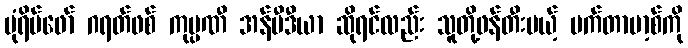
ပုံရိပ်ဖော် ဂရတ်ဖစ် ကုမ္ပဏီ အန်ဗီဒီယာ ဆိုရင်လည်း သူတို့ဖန်တီးမယ့် မက်တာဗာ့စ်ကို